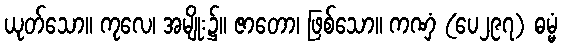
ယုတ်သော။ ကုလေ၊ အမျိုး၌။ ဇာတော၊ ဖြစ်သော။ ကဏှံ (ပေ၂၉၇) ဓမ္မံ